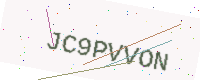
Text: JC9PVVON